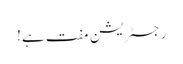
رجسٹریشن مفت ہے!